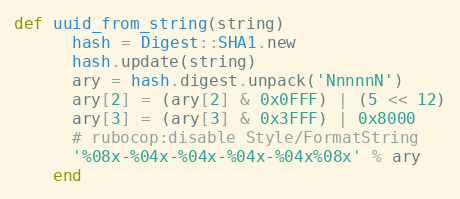
Language: Ruby
def uuid_from_string(string)
      hash = Digest::SHA1.new
      hash.update(string)
      ary = hash.digest.unpack('NnnnnN')
      ary[2] = (ary[2] & 0x0FFF) | (5 << 12)
      ary[3] = (ary[3] & 0x3FFF) | 0x8000
      # rubocop:disable Style/FormatString
      '%08x-%04x-%04x-%04x-%04x%08x' % ary
    end